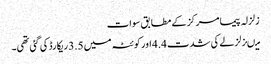
زلزلہ پیما مرکز کے مطابق سوات
میںزلزلے کی شدت 4.4 اور کوئٹہ میں 3.5 ریکارڈ کی گئی تھی۔